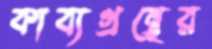
কাব্যগ্রন্থের